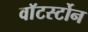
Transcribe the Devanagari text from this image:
वाॅटर्स्टोन